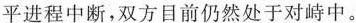
平进程中断，双方目前仍然处于对峙中。